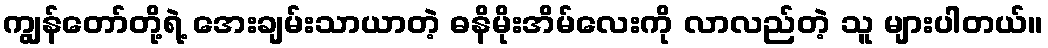
ကျွန်တော်တို့ရဲ့ အေးချမ်းသာယာတဲ့ ဓနိမိုးအိမ်လေးကို လာလည်တဲ့ သူ များပါတယ်။